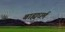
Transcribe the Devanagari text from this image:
बाह्यधर्म